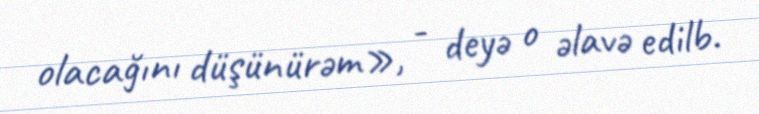
olacağını düşünürəm», - deyə o əlavə edilb.